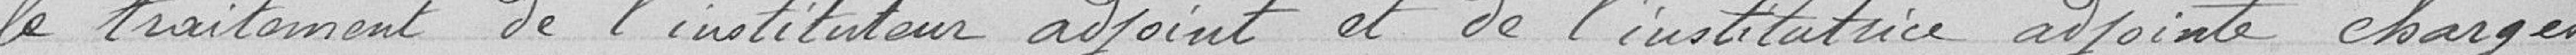
le traitement de l'instituteur adjoint et de l'institutrice adjointe chargés